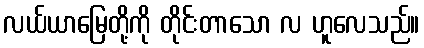
လယ်ယာမြေတို့ကို တိုင်းတာသော လ ဟူလေသည်။